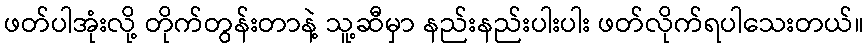
ဖတ်ပါအုံးလို့ တိုက်တွန်းတာနဲ့ သူ့ဆီမှာ နည်းနည်းပါးပါး ဖတ်လိုက်ရပါသေးတယ်။